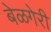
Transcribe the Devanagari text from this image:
बेळगेरी